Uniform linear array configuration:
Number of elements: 48
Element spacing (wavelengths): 1
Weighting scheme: cosine
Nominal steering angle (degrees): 0
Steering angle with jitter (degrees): -0.3589
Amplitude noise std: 0.05
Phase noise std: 0.05

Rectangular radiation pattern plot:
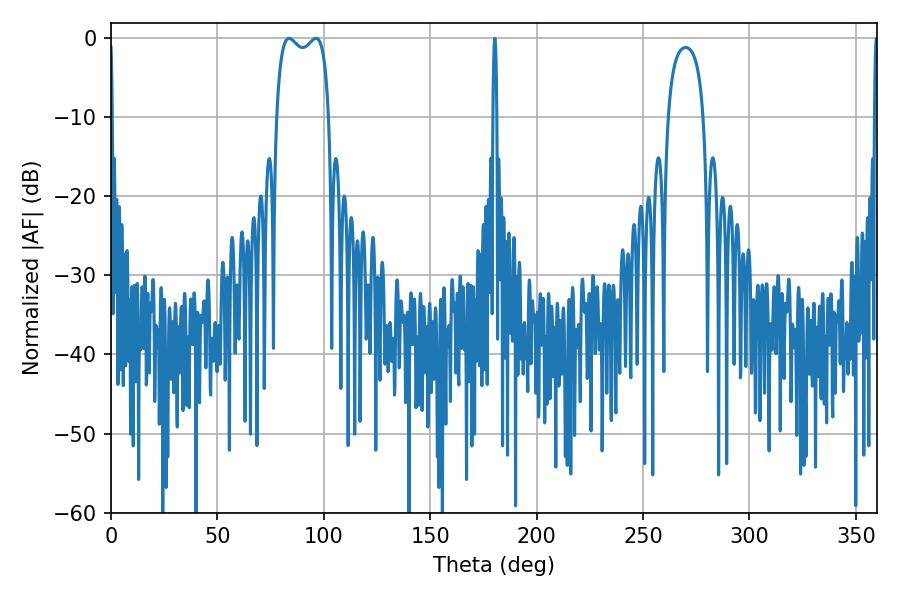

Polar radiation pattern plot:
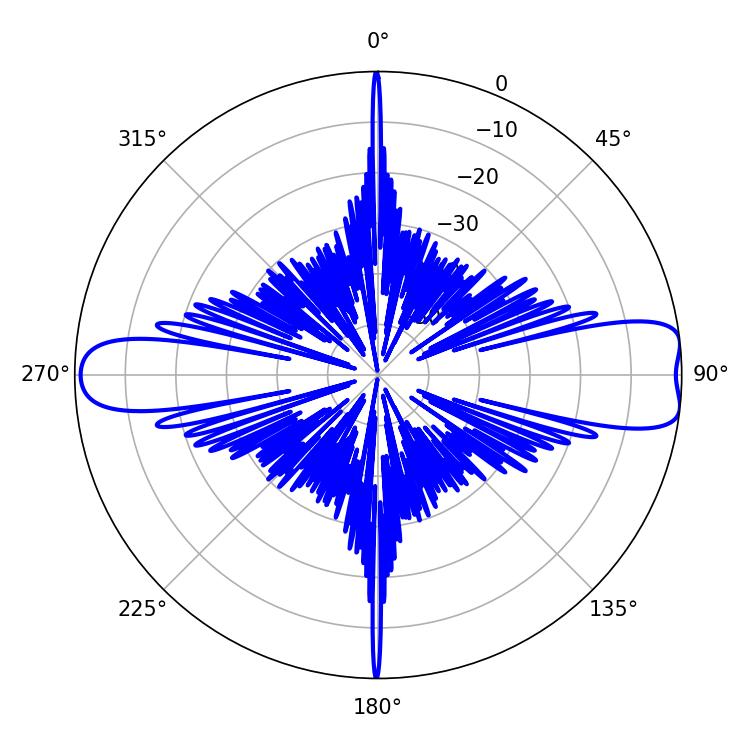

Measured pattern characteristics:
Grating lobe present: TRUE
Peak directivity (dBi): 10.636
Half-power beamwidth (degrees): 20.16
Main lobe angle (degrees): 83.7